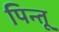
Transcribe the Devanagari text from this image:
पिन्तू